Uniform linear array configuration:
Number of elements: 12
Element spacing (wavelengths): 0.25
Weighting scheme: kaiser
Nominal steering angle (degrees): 45
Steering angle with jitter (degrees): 45.276
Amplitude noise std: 0.05
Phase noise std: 0.05

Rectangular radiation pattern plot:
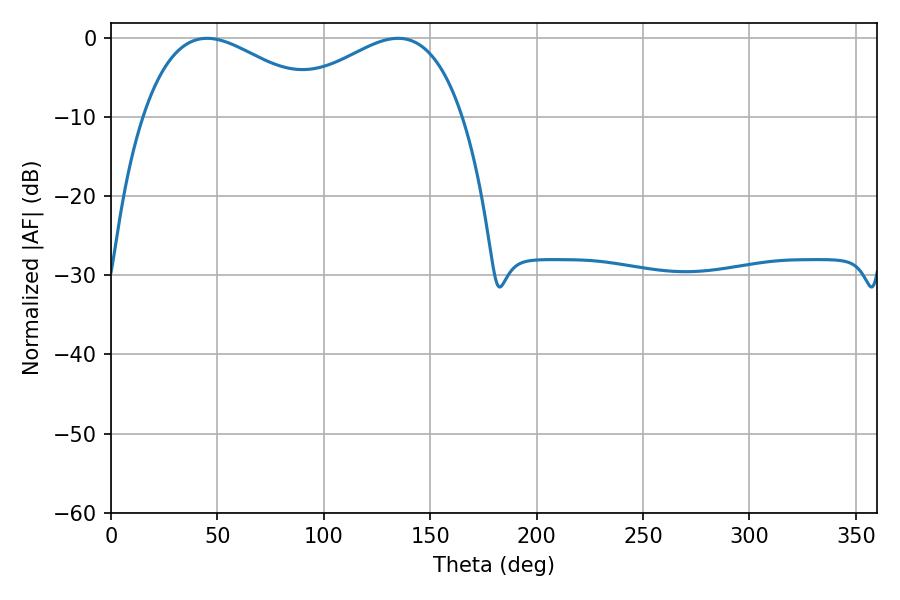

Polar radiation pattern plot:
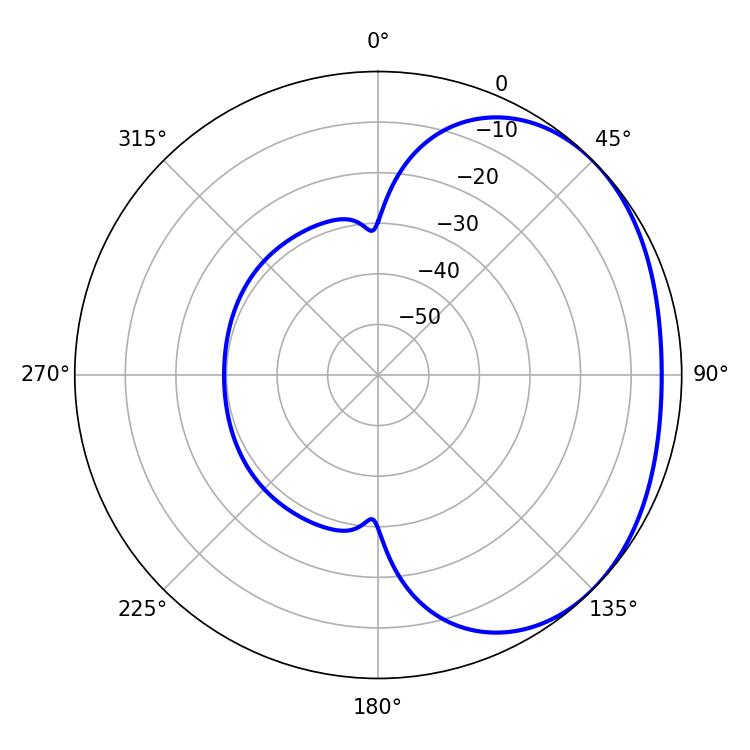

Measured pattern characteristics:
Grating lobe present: FALSE
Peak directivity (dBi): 2.036
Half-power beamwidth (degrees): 47.52
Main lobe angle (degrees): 45.18